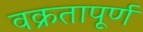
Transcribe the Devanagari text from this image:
वक्रतापूर्ण